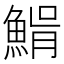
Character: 𩸠